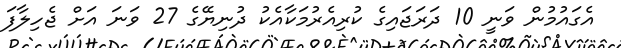
އެގައުމުން ވަނީ 10 ދަރަޖައިގެ ކުރިއެރުމަކާއެކު ދުނިޔޭގެ 27 ވަނަ އަށް ޖެހިލާފަ